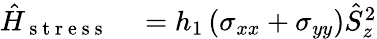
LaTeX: \begin{array}{rl}{\hat{H}_{\mathrm{~s~t~r~e~s~s~}}}&{{}=h_{1}\left(\sigma_{xx}+\sigma_{yy}\right)\hat{S}_{z}^{2}}\end{array}